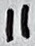
Text: 11